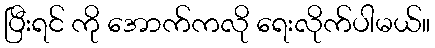
ပြီးရင် ကို အောက်ကလို ရေးလိုက်ပါမယ်။